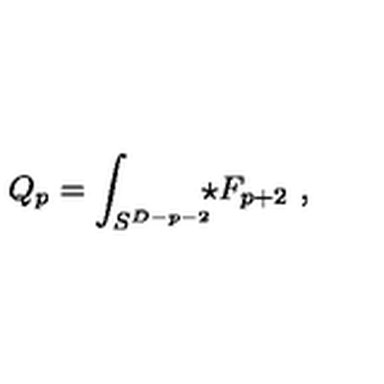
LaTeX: Q _ { p } = \int _ { S ^ { D - p - 2 } } \! \! \! \star F _ { p + 2 } \ ,